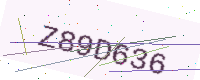
Text: Z89D636